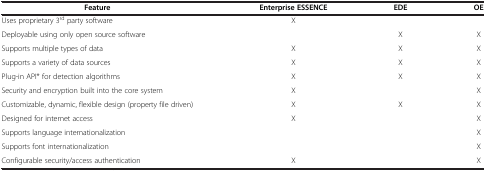
| Feature | Enterprise ESSENCE | EDE | OE |
 | --- | --- | --- | --- |
 | Uses proprietary 3rd party software | X |  |  |
 | Deployable using only open source software |  | X | X |
 | Supports multiple types of data | X | X | X |
 | Supports a variety of data sources | X | X | X |
 | Plug-in API* for detection algorithms | X | X | X |
 | Security and encryption built into the core system | X |  | X |
 | Customizable, dynamic, flexible design (property file driven) | X | X | X |
 | Designed for internet access | X |  | X |
 | Supports language internationalization |  |  | X |
 | Supports font internationalization |  |  | X |
 | Configurable security/access authentication | X |  | X |